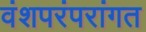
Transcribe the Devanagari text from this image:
वंशपरंपरांगत